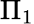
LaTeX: \Pi_{1}